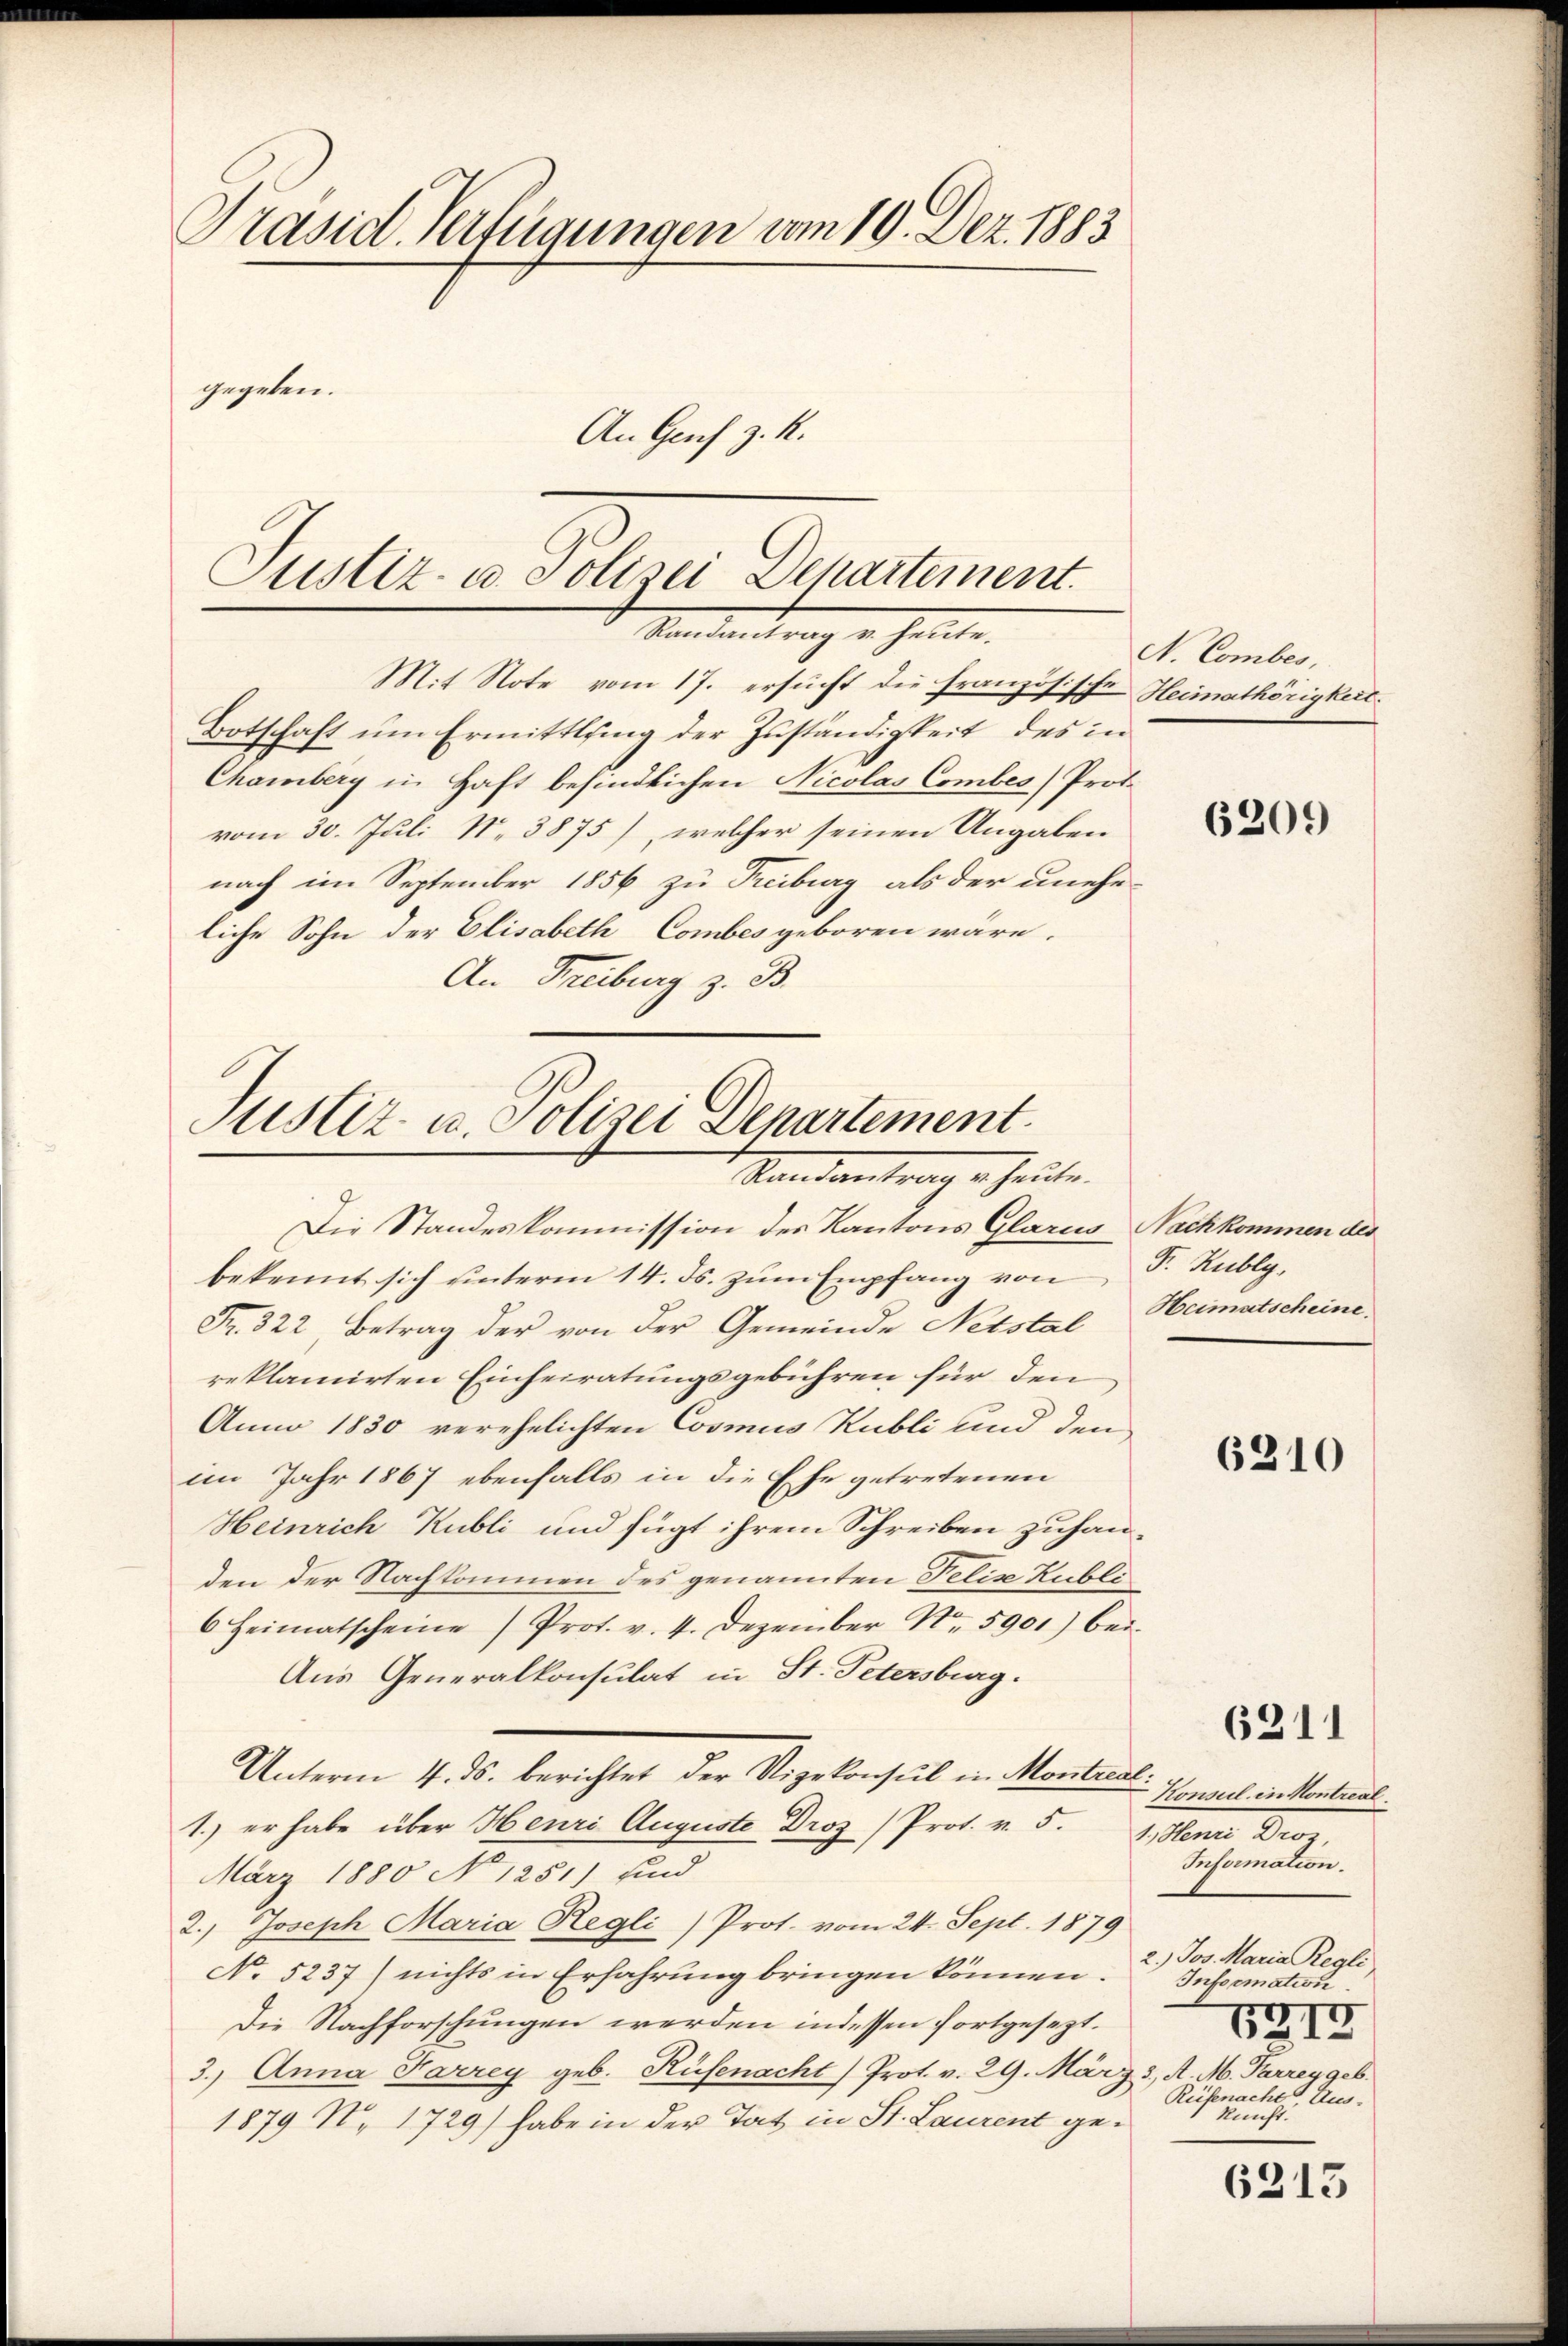
Prasich Verfügungen vom 10. Dez. 1883
gegeben.
An Genf z. R.

Justiz- u. Polizei Departement.
Standen trag er heute.

Mit Note vom 17. ersucht die französische Heimathörigkeit.
Botschaft um Ermittlung der Zuständigkeit des in
Chamberg in Haft befindlichen Nicolas Combes Prot.
vom 30. Juli N. 3875), welcher seinen Angaben
nach im September 1856 zu Treiburg als der unehe-
liche Sohn der Elisabeth Combes geboren wäre.
An Freiburg z. B.

Justiz- u. Polizei Departement.
Randantrag er heute.
Die Standeskommission des Kantons Glarus Nachkommen des

bekennt sich unterm 14. ds. zŭm Empfang von P. Rubly¬
Fr. 322 Betrag der von der Gemeinde Netstal
reklamirten Einheiratungsgebühren für den
Anno 1830 verehelichten Cosmus Kubli und den
im Jahr 1867 ebenfalls in die Ehe getretenen
Heinrich Kubli und fügt ihrem Schreiben zuhanden der Nachkommen des genannten Felix Kubli
6 Heimatscheine Prof. v. 4. Dezember No. 5901) bei
Aus Generalkonsulat in St. Petersburg.
Unterm 4. ds. berichtet der Vizekonsul in Montreal
1.) er habe über Henri Auguste Droz /Prof. v. 5.
März 1880 No 1251) sind
2.) Joseph Maria Regli) Prot. vom 24. Sept. 1879
No 5237) nichts in Erfahrung bringen können.
Die Nachforschungen werden indessen fortgesezt.
3. Anna Farrey geb. Rüfenacht) Prot. v. 29. März 3., A. M. Parrey geb.
1879 N. 1729) habe in der Tat in St. Laurent ge¬

N. Combes,

6209

Heimatscheine.

6210

Konsul in Kontreat
1. Mann Bier,
Information.
2.) Jos. Maria Regli
Information
5217
Reisenacht, Aus-
kunft.

6211

6213